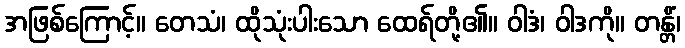
အဖြစ်ကြောင့်။ တေသံ၊ ထိုသုံးပါးသော ထေရ်တို့၏။ ဝါဒံ၊ ဝါဒကို။ တန္တိံ၊